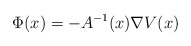
\begin{align*}\Phi(x)=-A^{-1}(x)\nabla V(x)\end{align*}